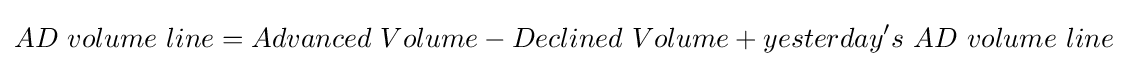
AD\ volume\ line=Advanced\ Volume-Declined\ Volume+yesterday's\ AD\ volume\ line